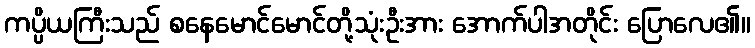
ကပ္ပိယကြီးသည် စနေမောင်မောင်တို့သုံးဦးအား အောက်ပါအတိုင်း ပြောလေ၏။